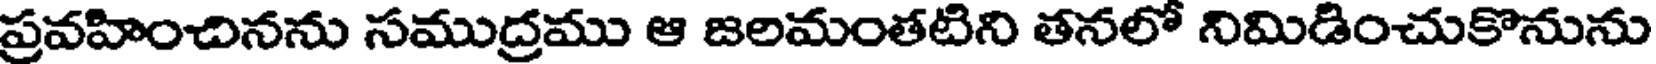
ప్రవహించినను సముద్రము ఆ జలమంతటిని తనలో నిమిడించుకొనును